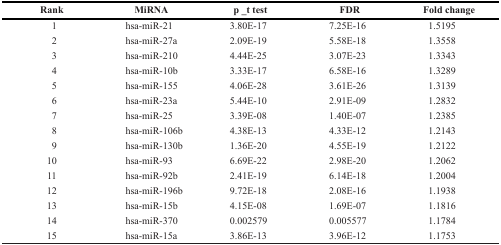
| Rank | MiRNA | p _t test | FDR | Fold change |
 | --- | --- | --- | --- | --- |
 | 1 | hsa-miR-21 | 3.80E-17 | 7.25E-16 | 1.5195 |
 | 2 | hsa-miR-27a | 2.09E-19 | 5.58E-18 | 1.3558 |
 | 3 | hsa-miR-210 | 4.44E-25 | 3.07E-23 | 1.3343 |
 | 4 | hsa-miR-10b | 3.33E-17 | 6.58E-16 | 1.3289 |
 | 5 | hsa-miR-155 | 4.06E-28 | 3.61E-26 | 1.3139 |
 | 6 | hsa-miR-23a | 5.44E-10 | 2.91E-09 | 1.2832 |
 | 7 | hsa-miR-25 | 3.39E-08 | 1.40E-07 | 1.2385 |
 | 8 | hsa-miR-106b | 4.38E-13 | 4.33E-12 | 1.2143 |
 | 9 | hsa-miR-130b | 1.36E-20 | 4.55E-19 | 1.2122 |
 | 10 | hsa-miR-93 | 6.69E-22 | 2.98E-20 | 1.2062 |
 | 11 | hsa-miR-92b | 2.41E-19 | 6.14E-18 | 1.2004 |
 | 12 | hsa-miR-196b | 9.72E-18 | 2.08E-16 | 1.1938 |
 | 13 | hsa-miR-15b | 4.15E-08 | 1.69E-07 | 1.1816 |
 | 14 | hsa-miR-370 | 0.002579 | 0.005577 | 1.1784 |
 | 15 | hsa-miR-15a | 3.86E-13 | 3.96E-12 | 1.1753 |